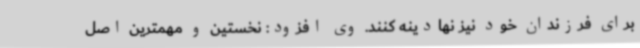
برای فرزندان خود نیز نهادینه کنند. وی افزود: نخستین و مهمترین اصل